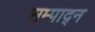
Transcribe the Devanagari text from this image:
सम्पाद्न